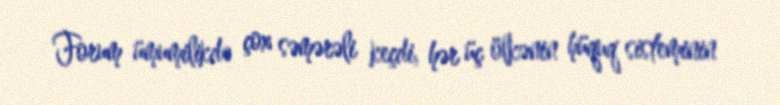
Forum ümumilikdə çox səmərəli keçdi, hər üç ölkənin hüquq sisteminin